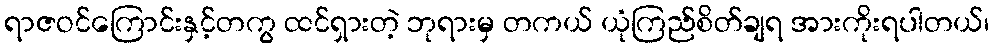
ရာဇဝင်ကြောင်းနှင့်တကွ ထင်ရှားတဲ့ ဘုရားမှ တကယ် ယုံကြည်စိတ်ချရ အားကိုးရပါတယ်၊